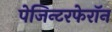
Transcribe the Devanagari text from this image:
पेजिन्टरफेरॉन